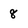
Character: 8